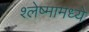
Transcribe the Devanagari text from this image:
श्लेष्मामध्ये